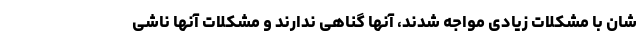
شان با مشکلات زیادی مواجه شدند، آنها گناهی ندارند و مشکلات آنها ناشی